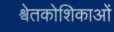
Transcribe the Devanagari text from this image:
श्वेतकोशिकाओं